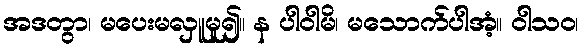
အဒတွာ၊ မပေးမလှူမူ၍။ န ပါဝါမိ၊ မသောက်ပါအံ့။ ဝါသဝ၊